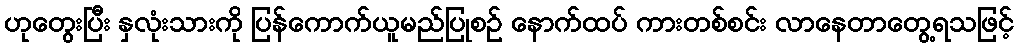
ဟုတွေးပြီး နှလုံးသားကို ပြန်ကောက်ယူမည်ပြုစဉ် နောက်ထပ် ကားတစ်စင်း လာနေတာတွေ့ရသဖြင့်